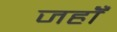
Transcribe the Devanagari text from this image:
जहॉँ